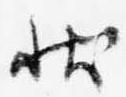
状